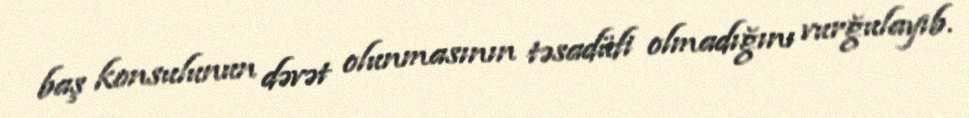
baş konsulunun dəvət olunmasının təsadüfi olmadığını vurğulayıb.